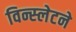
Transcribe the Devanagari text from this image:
विन्स्लेटने